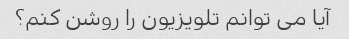
آیا می توانم تلویزیون را روشن کنم؟